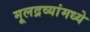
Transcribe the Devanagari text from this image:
मूलद्रव्यांमध्ये